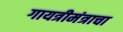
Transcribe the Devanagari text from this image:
गायत्रीमंत्राचा